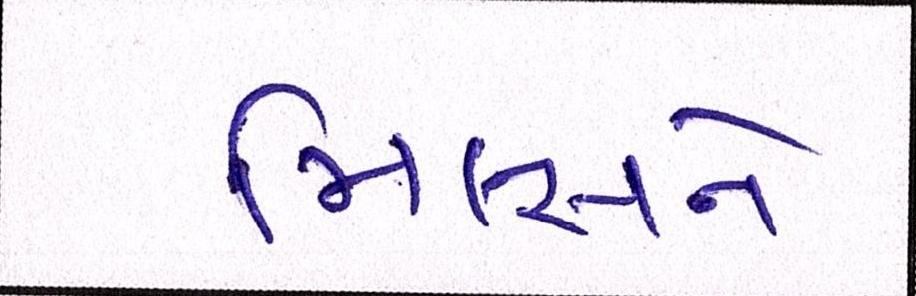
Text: મિલ્સને